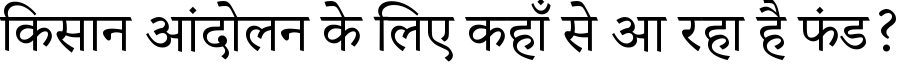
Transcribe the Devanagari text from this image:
किसान आंदोलन के लिए कहाँ से आ रहा है फंड?